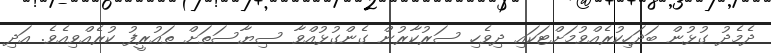
ދެމެދު ގުޅުން ބަދަހިކުރެއްވުމަށްޓަކައި ދިވެހި ސަރުކާރުން ގެންގުޅުއްވާ ސިޔާސަތަށް ތައުރީފު ކުރެއްވިއެވެ. އަދި